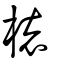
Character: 櫰